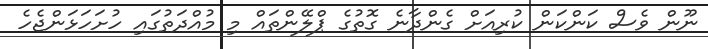
ނޫން ވެސް ކަންކަން ކުރިއަށް ގެންދާނެ ގޮތުގެ ޕްލޭންތައް މި މުއްދަތުގައި ހުށަހަޅަންޖެހެ